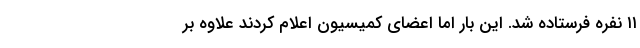
۱۱ نفره فرستاده شد. این بار اما اعضای کمیسیون اعلام کردند علاوه بر